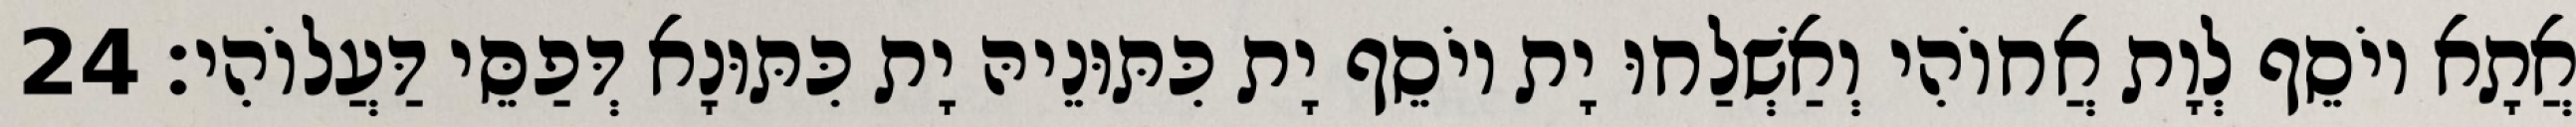
אֲתָא יוֹסֵף לְוָת אֲחוֹהִי וְאַשְׁלַחוּ יָת יוֹסֵף יָת כִּתּוּנֵיהּ יָת כִּתּוּנָא דְּפַסֵּי דַּעֲלוֹהִי׃ 24